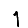
Digit: 1